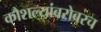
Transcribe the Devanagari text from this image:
कौशल्यांबरोबरच